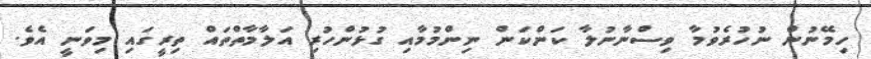
ހިމޭނުން ނުހުރެވުމާ ވިސްނާނުލާ ކަންކަން ނިންމުމާއި ގުޅުންހުރި އަލާމާތްތައް ތިރީގައި މިވަނީ އެވެ.